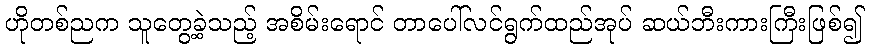
ဟိုတစ်ညက သူတွေ့ခဲ့သည့် အစိမ်းရောင် တာပေါ်လင်ရွက်ထည်အုပ် ဆယ်ဘီးကားကြီးဖြစ်၍